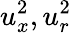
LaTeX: u_{x}^{2},u_{r}^{2}